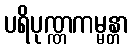
ပရိပုဏ္ဏကမ္မန္တာ